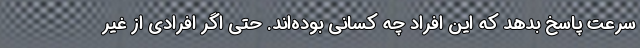
سرعت پاسخ بدهد که این افراد چه کسانی بوده‌اند. حتی اگر افرادی از غیر